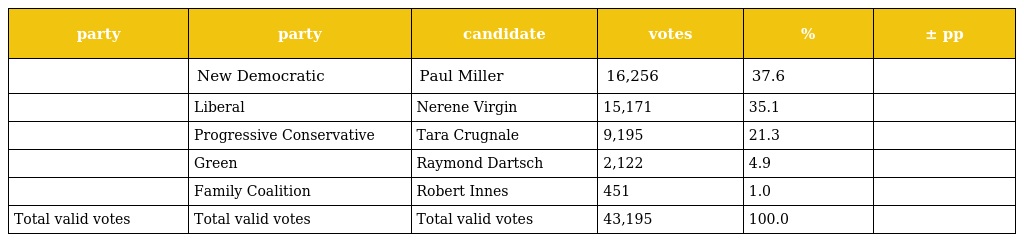
| party | party | candidate | votes | % | ± pp |
 | --- | --- | --- | --- | --- | --- |
 |  | New Democratic | Paul Miller | 16,256 | 37.6 |  |
 |  | Liberal | Nerene Virgin | 15,171 | 35.1 |  |
 |  | Progressive Conservative | Tara Crugnale | 9,195 | 21.3 |  |
 |  | Green | Raymond Dartsch | 2,122 | 4.9 |  |
 |  | Family Coalition | Robert Innes | 451 | 1.0 |  |
 | Total valid votes | Total valid votes | Total valid votes | 43,195 | 100.0 |  |